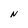
Character: N